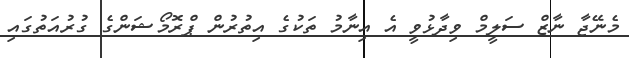
މެނޭޖާ ނާޒް ސަލީމް ވިދާޅުވީ އެ އިނާމު ތަކުގެ އިތުރުން ޕްރޮމޯޝަންގެ ގުރުއަތުގައި